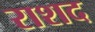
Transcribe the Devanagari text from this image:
राशद